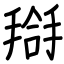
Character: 搿